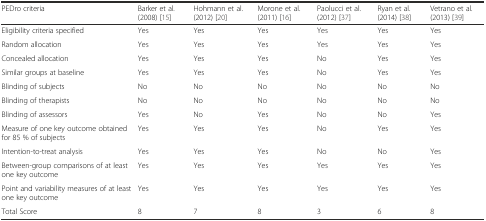
<table><thead><tr><td><b>PEDro criteria</b></td><td><b>Barker et al. (2008) [15]</b></td><td><b>Hohmann et al. (2012) [20]</b></td><td><b>Morone et al. (2011) [16]</b></td><td><b>Paolucci et al. (2012) [37]</b></td><td><b>Ryan et al. (2014) [38]</b></td><td><b>Vetrano et al. (2013) [39]</b></td></tr></thead><tbody><tr><td>Eligibility criteria specified</td><td>Yes</td><td>Yes</td><td>Yes</td><td>Yes</td><td>Yes</td><td>Yes</td></tr><tr><td>Random allocation</td><td>Yes</td><td>Yes</td><td>Yes</td><td>Yes</td><td>Yes</td><td>Yes</td></tr><tr><td>Concealed allocation</td><td>Yes</td><td>Yes</td><td>Yes</td><td>No</td><td>Yes</td><td>Yes</td></tr><tr><td>Similar groups at baseline</td><td>Yes</td><td>Yes</td><td>Yes</td><td>No</td><td>Yes</td><td>Yes</td></tr><tr><td>Blinding of subjects</td><td>No</td><td>No</td><td>No</td><td>No</td><td>No</td><td>No</td></tr><tr><td>Blinding of therapists</td><td>No</td><td>No</td><td>No</td><td>No</td><td>No</td><td>No</td></tr><tr><td>Blinding of assessors</td><td>Yes</td><td>No</td><td>Yes</td><td>No</td><td>No</td><td>Yes</td></tr><tr><td>Measure of one key outcome obtained for 85 % of subjects</td><td>Yes</td><td>Yes</td><td>Yes</td><td>No</td><td>Yes</td><td>Yes</td></tr><tr><td>Intention-to-treat analysis</td><td>Yes</td><td>Yes</td><td>Yes</td><td>No</td><td>No</td><td>Yes</td></tr><tr><td>Between-group comparisons of at least one key outcome</td><td>Yes</td><td>Yes</td><td>Yes</td><td>Yes</td><td>Yes</td><td>Yes</td></tr><tr><td>Point and variability measures of at least one key outcome</td><td>Yes</td><td>Yes</td><td>Yes</td><td>Yes</td><td>Yes</td><td>Yes</td></tr><tr><td>Total Score</td><td>8</td><td>7</td><td>8</td><td>3</td><td>6</td><td>8</td></tr></tbody></table>